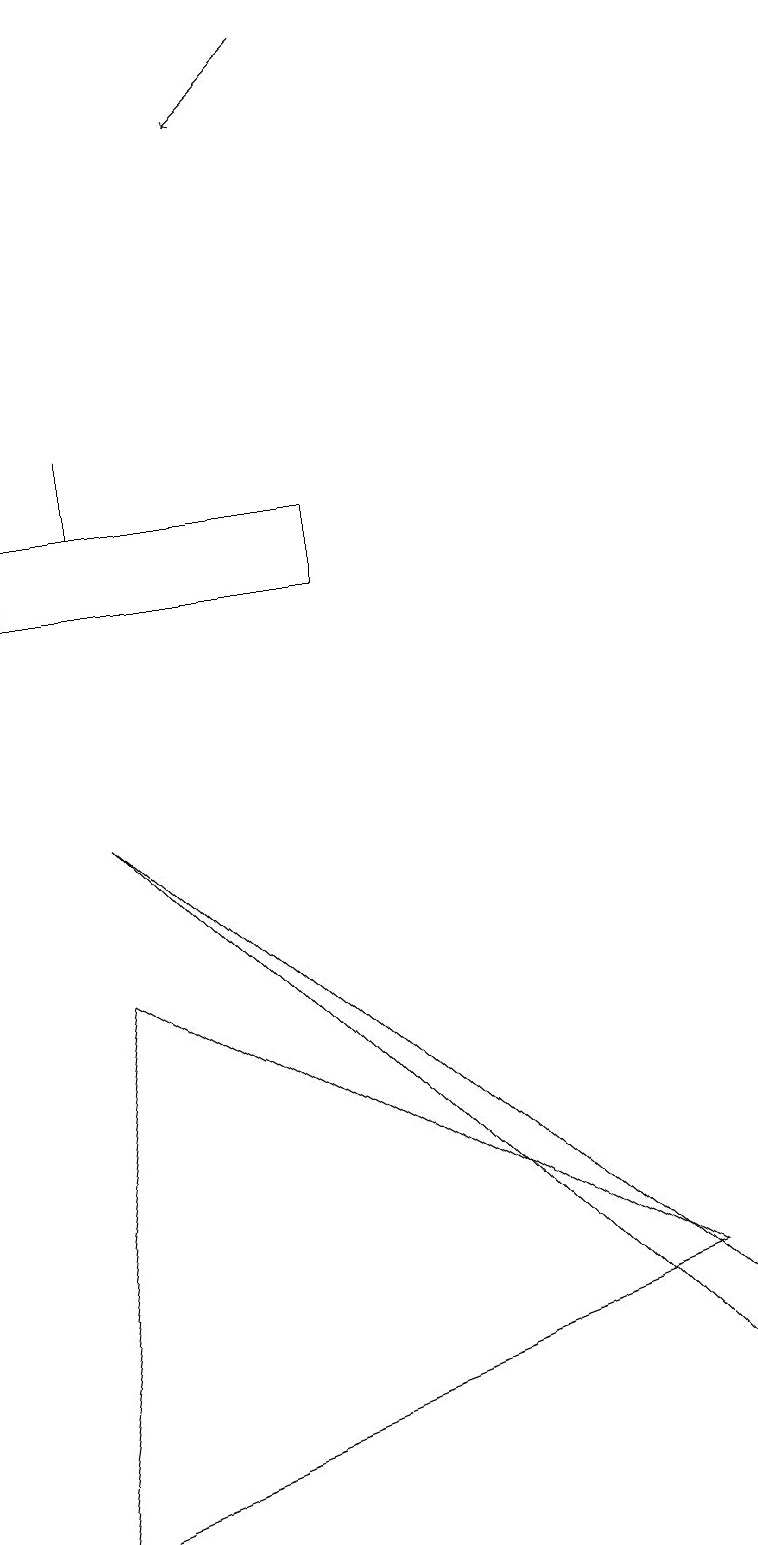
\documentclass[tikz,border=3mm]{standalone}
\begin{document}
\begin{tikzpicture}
\draw (1,14) rectangle (1,13);
\draw[->] (1,19) -- (0,18);
\draw (0,0) -- (1,7) -- (8,3) -- cycle;
\draw[->] (4,19) -- (3,18);
\draw (0,12) rectangle (4,13);
\draw (9,2) -- (1,9) -- (9,1) -- cycle;
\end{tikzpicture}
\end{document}